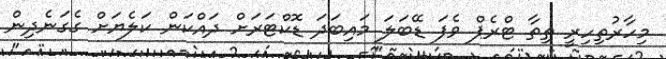
މިހާރުތިހިރީ ތިތާ ޓްރެޕް ވެފަ ޑޭބަލަ މައިބަދަ ޑޮކްޓަރަށް ދައްކަން ކަލެޔަށް ގެގަނެދިން